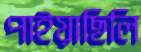
পাইয়াছিলি